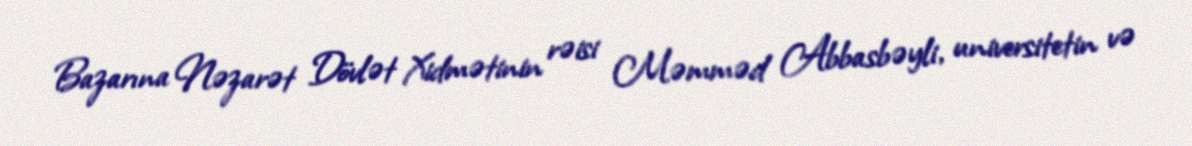
Bazarına Nəzarət Dövlət Xidmətinin rəisi Məmməd Abbasbəyli, universitetin və